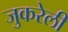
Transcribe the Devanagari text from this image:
जुकरेली